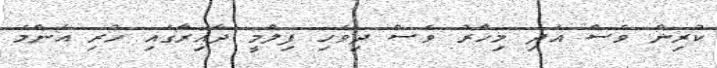
ކުރިން ވެސް އަދި މިހާރު ވެސް ދިވެހި ފިލްމީ ދާއިރާގައި ހުރި އެންމެ